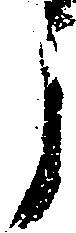
う